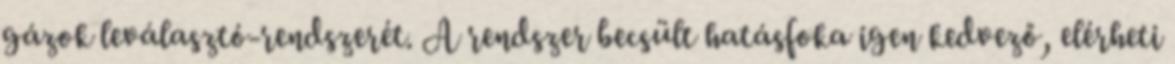
gázok leválasztó-rendszerét. A rendszer becsült hatásfoka igen kedvező, elérheti